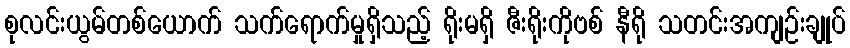
စုလင်းယွမ်တစ်ယောက် သက်ရောက်မှုရှိသည့် ရိုးမရှိ ဇီးရိုးကိုဗစ် နီရို သတင်းအကျဉ်းချုပ်